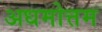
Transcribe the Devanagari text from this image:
अधमोत्तम